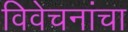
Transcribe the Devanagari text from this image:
विवेचनांचा